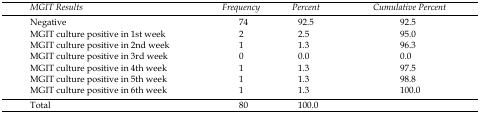
<table><thead><tr><td><b>MGIT Results</b></td><td><b>Frequency</b></td><td><b>Percent</b></td><td><b>Cumulative Percent</b></td></tr></thead><tbody><tr><td>Negative</td><td>74</td><td>92.5</td><td>92.5</td></tr><tr><td>MGIT culture positive in 1<sup>st</sup> week</td><td>2</td><td>2.5</td><td>95.0</td></tr><tr><td>MGIT culture positive in 2<sup>nd</sup> week</td><td>1</td><td>1.3</td><td>96.3</td></tr><tr><td>MGIT culture positive in 3<sup>rd</sup> week</td><td>0</td><td>0.0</td><td>0.0</td></tr><tr><td>MGIT culture positive in 4<sup>th</sup> week</td><td>1</td><td>1.3</td><td>97.5</td></tr><tr><td>MGIT culture positive in 5<sup>th</sup> week</td><td>1</td><td>1.3</td><td>98.8</td></tr><tr><td>MGIT culture positive in 6<sup>th</sup> week</td><td>1</td><td>1.3</td><td>100.0</td></tr><tr><td>Total</td><td>80</td><td>100.0</td><td></td></tr></tbody></table>